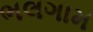
ભલગામ